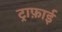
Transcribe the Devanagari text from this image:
ट्राफ़ाई